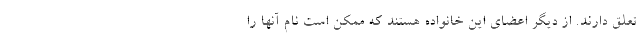
تعلق دارند. از دیگر اعضای این خانواده هستند که ممکن است نام آنها را